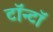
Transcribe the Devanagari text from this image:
टॉन्टॉ